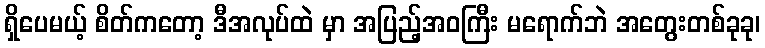
ရှိပေမယ့် စိတ်ကတော့ ဒီအလုပ်ထဲ မှာ အပြည့်အဝကြီး မရောက်ဘဲ အတွေးတစ်ခုခု၊